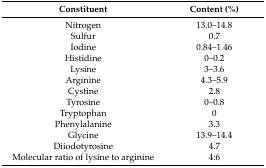
<table><thead><tr><td><b>Constituent</b></td><td><b>Content (%)</b></td></tr></thead><tbody><tr><td>Nitrogen</td><td>13.0–14.8</td></tr><tr><td>Sulfur</td><td>0.7</td></tr><tr><td>Iodine</td><td>0.84–1.46</td></tr><tr><td>Histidine</td><td>0–0.2</td></tr><tr><td>Lysine</td><td>3–3.6</td></tr><tr><td>Arginine</td><td>4.3–5.9</td></tr><tr><td>Cystine</td><td>2.8</td></tr><tr><td>Tyrosine</td><td>0–0.8</td></tr><tr><td>Tryptophan</td><td>0</td></tr><tr><td>Phenylalanine</td><td>3.3</td></tr><tr><td>Glycine</td><td>13.9–14.4</td></tr><tr><td>Diiodotyrosine</td><td>4.7</td></tr><tr><td>Molecular ratio of lysine to arginine</td><td>4:6</td></tr></tbody></table>